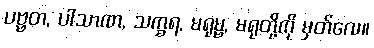
ပဗ္ဗတ, ပါသာဏ, သက္ခရ, မရုမ္ဗ, မရုတို့ကို မှတ်လေ။